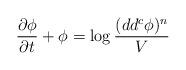
LaTeX: \begin{align*} \frac{\partial \phi}{\partial t}+\phi= \log \frac{(dd^c\phi)^n}{V}\end{align*}